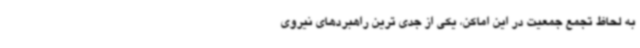
به لحاظ تجمع جمعیت در این اماکن، یکی از جدی ترین راهبردهای نیروی